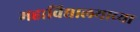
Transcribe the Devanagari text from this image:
महाविद्यालयाच्‍या